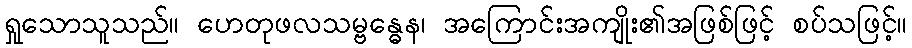
ရှုသောသူသည်။ ဟေတုဖလသမ္ဗန္ဓေန၊ အကြောင်းအကျိုး၏အဖြစ်ဖြင့် စပ်သဖြင့်။